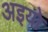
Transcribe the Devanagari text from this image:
अइयो